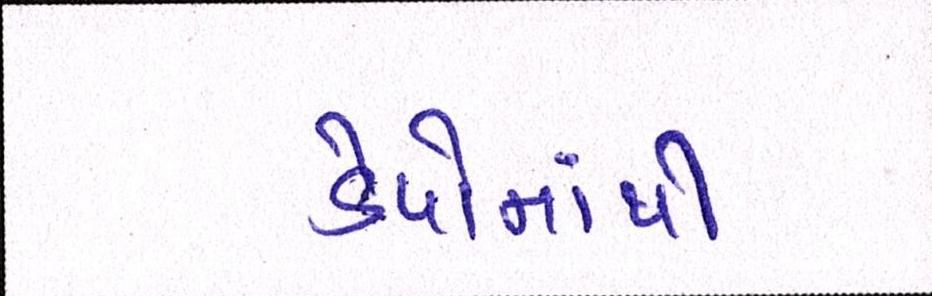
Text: ડેપોમાંથી